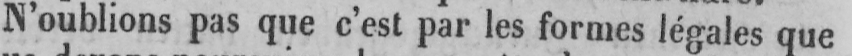
N’oublions pas que c’est par les formes légales que